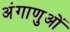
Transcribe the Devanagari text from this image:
अंगाणुओं